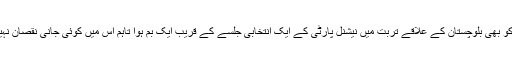
اتوار کو بھی بلوچستان کے علاقے تربت میں نیشنل پارٹی کے ایک انتخابی جلسے کے قریب ایک بم ہوا تاہم اس میں کوئی جانی نقصان نہیں ہوا۔